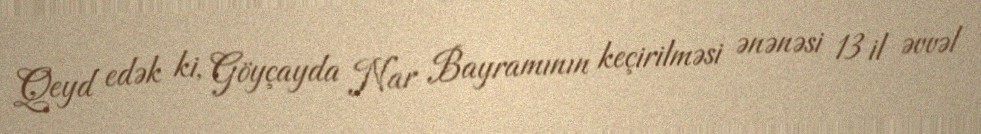
Qeyd edək ki, Göyçayda Nar Bayramının keçirilməsi ənənəsi 13 il əvvəl